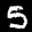
Label: 5